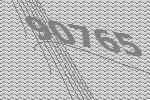
90765